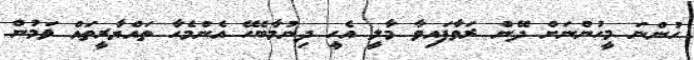
ހުންނަ މީހުންނަށް ދޭން ރަވާފައިވާ މާލީ އެހީ ދިނުމާބެހޭ އެންމެހާ ތައްޔާރީތައް ވަމުން